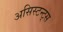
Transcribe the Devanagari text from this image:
असिस्टन्ट्स